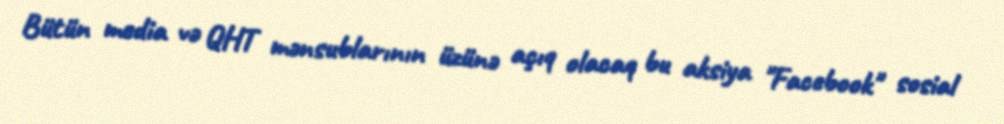
Bütün media və QHT mənsublarının üzünə açıq olacaq bu aksiya "Facebook" sosial